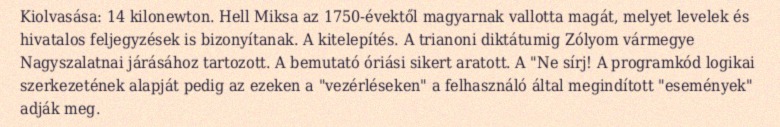
Kiolvasása: 14 kilonewton. Hell Miksa az 1750-évektől magyarnak vallotta magát, melyet levelek és hivatalos feljegyzések is bizonyítanak. A kitelepítés. A trianoni diktátumig Zólyom vármegye Nagyszalatnai járásához tartozott. A bemutató óriási sikert aratott. A "Ne sírj! A programkód logikai szerkezetének alapját pedig az ezeken a "vezérléseken" a felhasználó által megindított "események" adják meg.